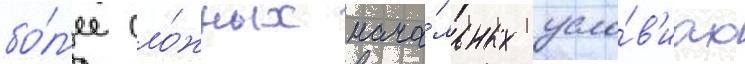
бо́л'ее сло́жных нача́льных усло́в'иах